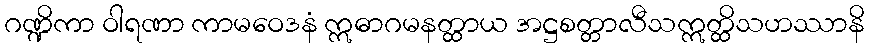
ဂဏ္ဍိကာ ဝါရဏာ ကာမဝေဒနံ ဣဓာဂမနတ္ထာယ အဋ္ဌစတ္တာလီသဣတ္ထိသဟဿာနိ